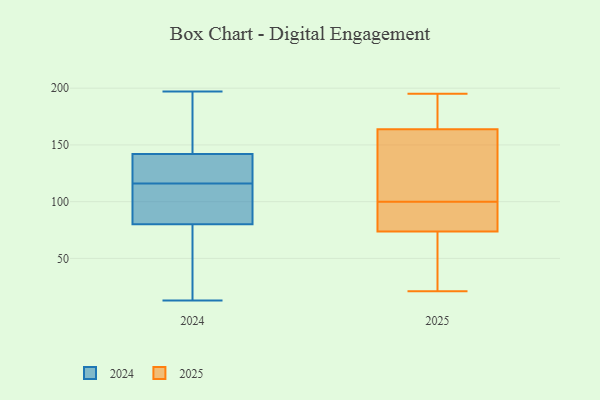
{"axis": {"x": "Tickets Resolved", "y": "Value"}, "legend": ["2024", "2025"], "data": [{"x": "", "y": 53, "type": "2025"}, {"x": "", "y": 104, "type": "2025"}, {"x": "", "y": 172, "type": "2025"}, {"x": "", "y": 74, "type": "2025"}, {"x": "", "y": 150, "type": "2025"}, {"x": "", "y": 98, "type": "2025"}, {"x": "", "y": 96, "type": "2025"}, {"x": "", "y": 161, "type": "2025"}, {"x": "", "y": 87, "type": "2025"}, {"x": "", "y": 187, "type": "2025"}, {"x": "", "y": 51, "type": "2025"}, {"x": "", "y": 141, "type": "2025"}, {"x": "", "y": 21, "type": "2025"}, {"x": "", "y": 73, "type": "2025"}, {"x": "", "y": 195, "type": "2025"}, {"x": "", "y": 100, "type": "2025"}, {"x": "", "y": 184, "type": "2025"}, {"x": "", "y": 145, "type": "2024"}, {"x": "", "y": 137, "type": "2024"}, {"x": "", "y": 80, "type": "2024"}, {"x": "", "y": 110, "type": "2024"}, {"x": "", "y": 117, "type": "2024"}, {"x": "", "y": 160, "type": "2024"}, {"x": "", "y": 178, "type": "2024"}, {"x": "", "y": 115, "type": "2024"}, {"x": "", "y": 142, "type": "2024"}, {"x": "", "y": 128, "type": "2024"}, {"x": "", "y": 71, "type": "2024"}, {"x": "", "y": 91, "type": "2024"}, {"x": "", "y": 125, "type": "2024"}, {"x": "", "y": 19, "type": "2024"}, {"x": "", "y": 95, "type": "2024"}, {"x": "", "y": 13, "type": "2024"}, {"x": "", "y": 32, "type": "2024"}, {"x": "", "y": 197, "type": "2024"}]}